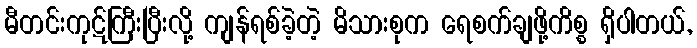
မီတင်းကုဋ်ကြီးပြီးလို့ ကျန်ရစ်ခဲ့တဲ့ မိသားစုက ရေစက်ချဖို့ကိစ္စ ရှိပါတယ်,